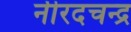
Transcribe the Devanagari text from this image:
नीरदचन्द्र